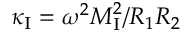
\kappa _ { \mathrm { I } } = \omega ^ { 2 } M _ { \mathrm { I } } ^ { 2 } / R _ { 1 } R _ { 2 }